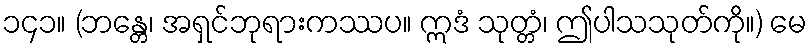
၁၄၁။ (ဘန္တေ၊ အရှင်ဘုရားကဿပ။ ဣဒံ သုတ္တံ၊ ဤပါသသုတ်ကို။) မေ